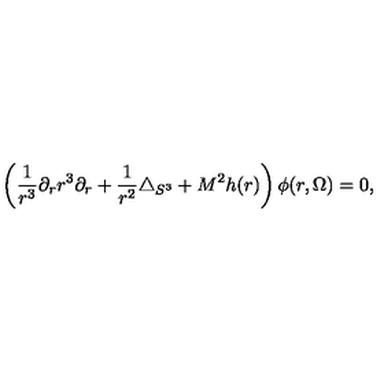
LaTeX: \left( \frac { 1 } { r ^ { 3 } } \partial _ { r } r ^ { 3 } \partial _ { r } + \frac { 1 } { r ^ { 2 } } \triangle _ { S ^ { 3 } } + M ^ { 2 } h ( r ) \right) \phi ( r , \Omega ) = 0 ,